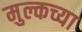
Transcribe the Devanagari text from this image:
मुल्कच्या